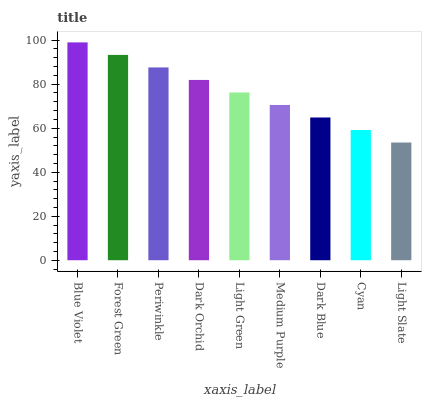
| xaxis_label | bars |
 | --- | --- |
 | Blue Violet | 99 |
 | Forest Green | 93.3 |
 | Periwinkle | 87.6 |
 | Dark Orchid | 81.9 |
 | Light Green | 76.2 |
 | Medium Purple | 70.6 |
 | Dark Blue | 64.9 |
 | Cyan | 59.2 |
 | Light Slate | 53.5 |